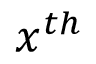
x ^ { t h }